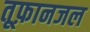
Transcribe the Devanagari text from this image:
तूफ़ानजल